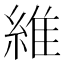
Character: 維